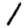
Digit: 1